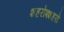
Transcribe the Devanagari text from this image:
शहरोश्शहरो